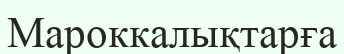
Мароккалықтарға